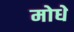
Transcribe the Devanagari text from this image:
मोधे